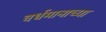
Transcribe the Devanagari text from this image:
वर्धमानाच्या